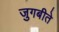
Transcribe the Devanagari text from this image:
जुगबीते